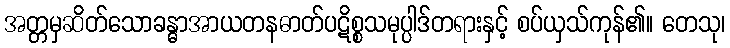
အတ္တမှဆိတ်သောခန္ဓာအာယတနဓာတ်ပဋိစ္စသမုပ္ပါဒ်တရားနှင့် စပ်ယှသ်ကုန်၏။ တေသု၊